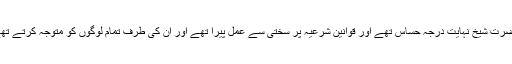
حضرت شیخ نہایت درجہ حساس تھے اور قوانین شرعیہ پر سختی سے عمل پیرا تھے اور ان کی طرف تمام لوگوں کو متوجہ کرتے تھے۔